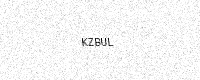
Text: KZBUL